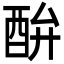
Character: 䣲